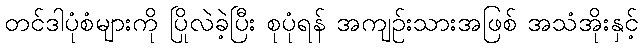
တင်ဒါပုံစံများကို ပြိုလဲခဲ့ပြီး စုပုံရန် အကျဉ်းသားအဖြစ် အသံအိုးနှင့်